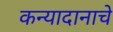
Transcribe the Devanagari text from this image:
कन्यादानाचे